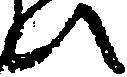
い